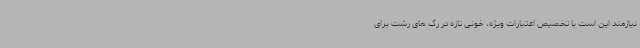
نیازمند این است با تخصیص اعتبارات ویژه، خونی تازه در رگ های رشت برای